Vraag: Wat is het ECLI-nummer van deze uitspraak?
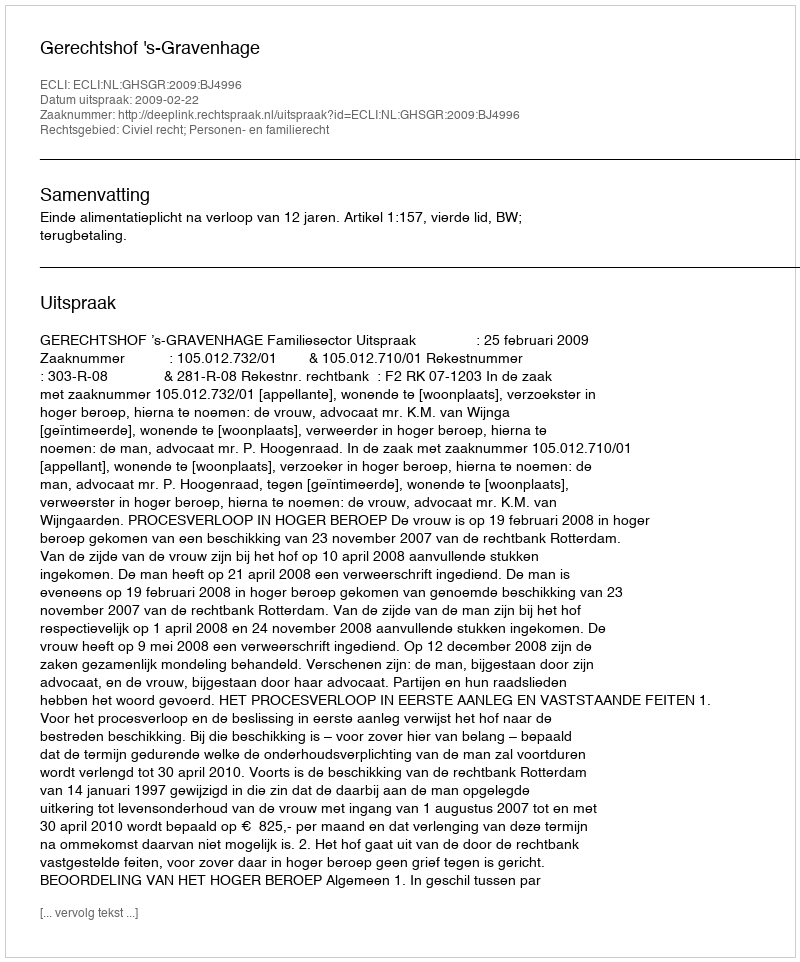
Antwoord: ECLI:NL:GHSGR:2009:BJ4996